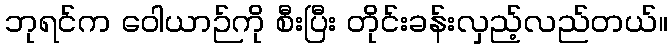
ဘုရင်က ဝေါယာဉ်ကို စီးပြီး တိုင်းခန်းလှည့်လည်တယ်။